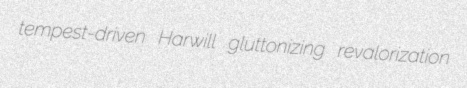
tempest-driven Harwill gluttonizing revalorization